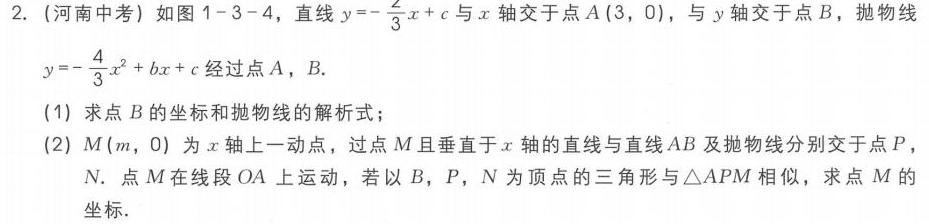
2. (河南中考) 如图1 - 3 - 4，直线\(y =-\frac{2}{3}x + c\)与\(x\)轴交于点\(A(3,0)\)，与\(y\)轴交于点\(B\)，抛物线\(y =-\frac{4}{3}x^{2}+bx + c\)经过点\(A\)，\(B\).
(1) 求点\(B\)的坐标和抛物线的解析式；
(2) \(M(m,0)\)为\(x\)轴上一动点，过点\(M\)且垂直于\(x\)轴的直线与直线\(AB\)及抛物线分别交于点\(P\)，\(N\). 点\(M\)在线段\(OA\)上运动，若以\(B\)，\(P\)，\(N\)为顶点的三角形与\(\triangle APM\)相似，求点\(M\)的坐标.